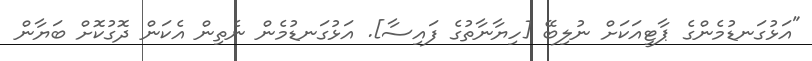
"އަޅުގަނޑުމެންގެ ޕާޓީއަކަށް ނުލިބޭ [ހިޔާނާތުގެ ފައިސާ]. އަޅުގަނޑުމެން ނެތިން އެކަން ދޮގުކޮށް ބަޔާން